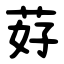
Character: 䒵